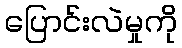
ပြောင်းလဲမှုကို